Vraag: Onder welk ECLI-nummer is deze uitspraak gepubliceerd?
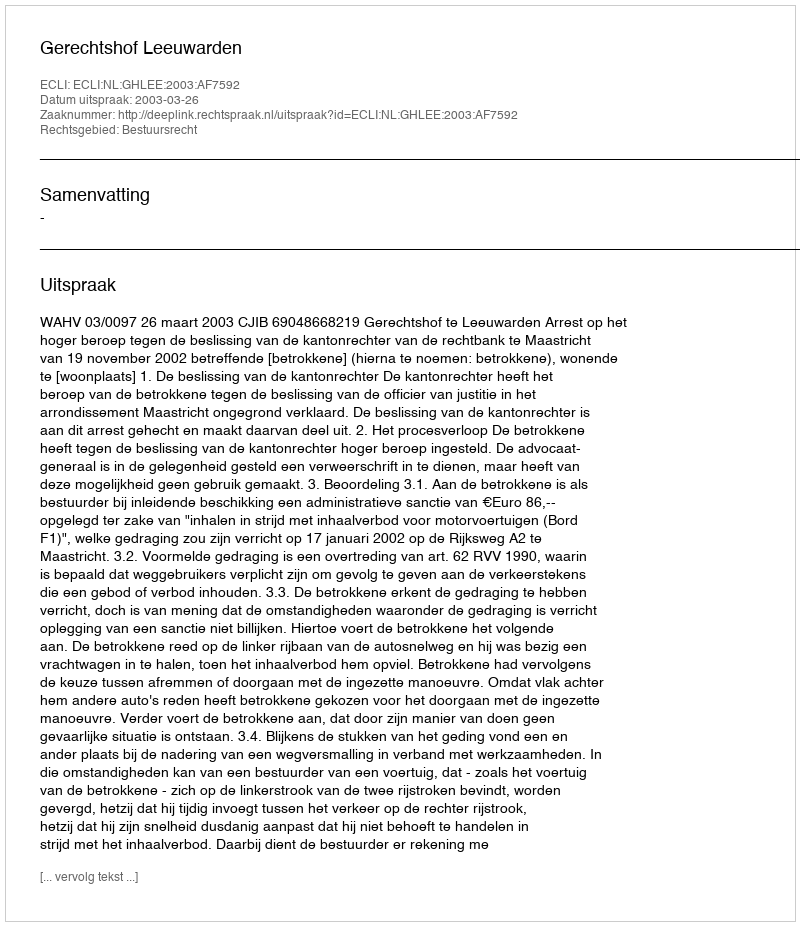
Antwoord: ECLI:NL:GHLEE:2003:AF7592